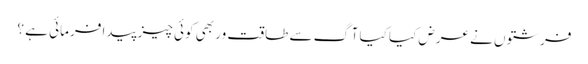
فرشتوں نے عرض کیا کیا آگ سے طاقت ور بھی کوئی چیز پیدا فرمائی ہے ؟